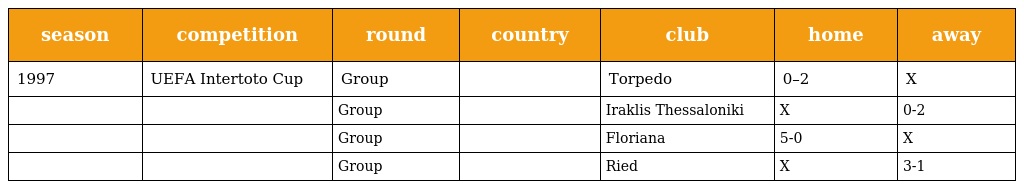
| season | competition | round | country | club | home | away |
 | --- | --- | --- | --- | --- | --- | --- |
 | 1997 | UEFA Intertoto Cup | Group |  | Torpedo | 0–2 | X |
 |  |  | Group |  | Iraklis Thessaloniki | X | 0-2 |
 |  |  | Group |  | Floriana | 5-0 | X |
 |  |  | Group |  | Ried | X | 3-1 |